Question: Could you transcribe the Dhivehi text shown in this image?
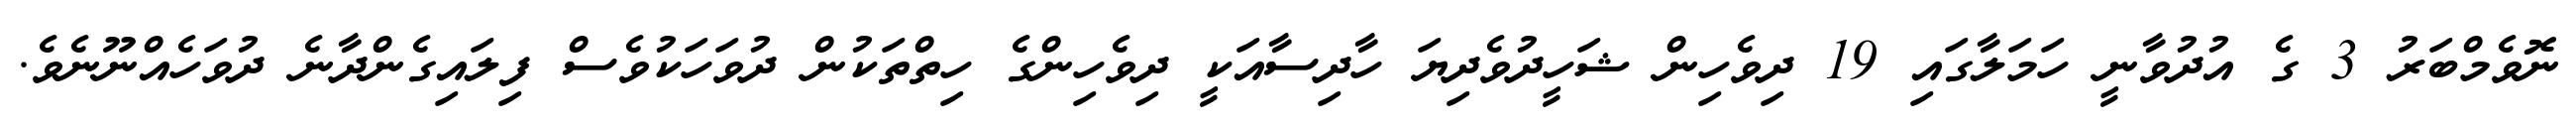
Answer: ނޮވެމްބަރު 3 ގެ އުދުވާނީ ހަމަލާގައި 19 ދިވެހިން ޝަހީދުވެދިޔަ ހާދިސާއަކީ ދިވެހިންގެ ހިތްތަކުން ދުވަހަކުވެސް ފިލައިގެންދާނެ ދުވަހެއްނޫނެވެ.